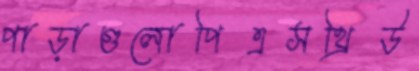
পাড়াগুলোপিএসথ্রিউ